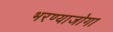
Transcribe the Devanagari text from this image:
भरण्याजोगा